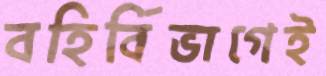
বহির্বিভাগেই